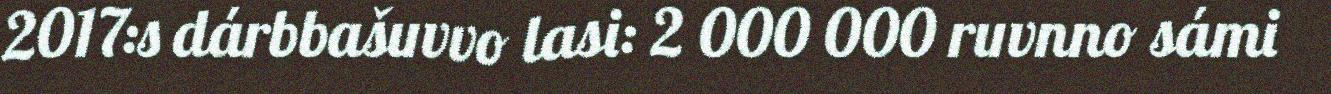
2017:s dárbbašuvvo lasi: 2 000 000 ruvnno sámi